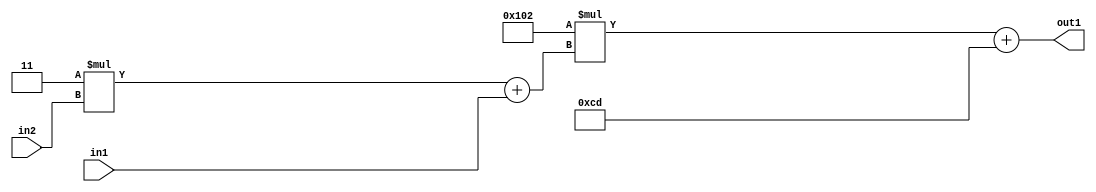
`timescale 1ps / 1ps
/*****************************************************************************
    Verilog RTL Description
    
    
    Created by: Stratus DpOpt 2019.1.01 
*******************************************************************************/

module DC_Filter_Add2i205Mul2i258Add2u1Mul2i3u2_1 (
	in2,
	in1,
	out1
	); /* architecture "behavioural" */ 
input [1:0] in2;
input  in1;
output [11:0] out1;
wire [11:0] asc001;
wire [3:0] asc002;

wire [3:0] asc002_tmp_0;
assign asc002_tmp_0 = 
	+(4'B0011 * in2);
assign asc002 = asc002_tmp_0
	+(in1);

wire [11:0] asc001_tmp_1;
assign asc001_tmp_1 = 
	+(12'B000100000010 * asc002);
assign asc001 = asc001_tmp_1
	+(12'B000011001101);

assign out1 = asc001;
endmodule

/* CADENCE  v7X2Sgo= : u9/ySgnWtBlWxVPRXgAZ4Og= ** DO NOT EDIT THIS LINE ******/